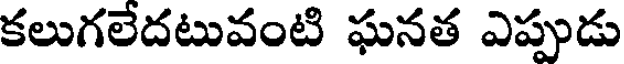
కలుగలేదటువంటి ఘనత ఎప్పుడు